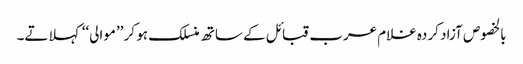
بالخصوص آزاد کردہ غلام عرب قبائل کے ساتھ منسلک ہو کر ’’موالی‘‘ کہلاتے۔